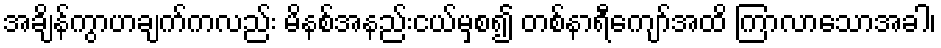
အချိန်ကွာဟချက်ကလည်း မိနစ်အနည်းငယ်မှစ၍ တစ်နာရီကျော်အထိ ကြာလာသောအခါ၊